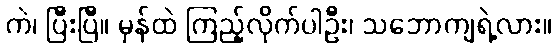
ကဲ၊ ပြီးပြီ။ မှန်ထဲ ကြည့်လိုက်ပါဦး၊ သဘောကျရဲ့လား။